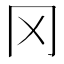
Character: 冈